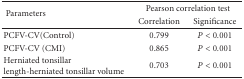
| <ROWSPAN=2> Parameters | <COLSPAN=2> Pearson correlation test |
 | Correlation | Significance |
 | --- | --- | --- |
 | PCFV-CV(Control) | 0.799 | P < 0.001 |
 | PCFV-CV (CMI) | 0.865 | P < 0.001 |
 | Herniated tonsillar length-herniated tonsillar volume | 0.703 | P < 0.001 |